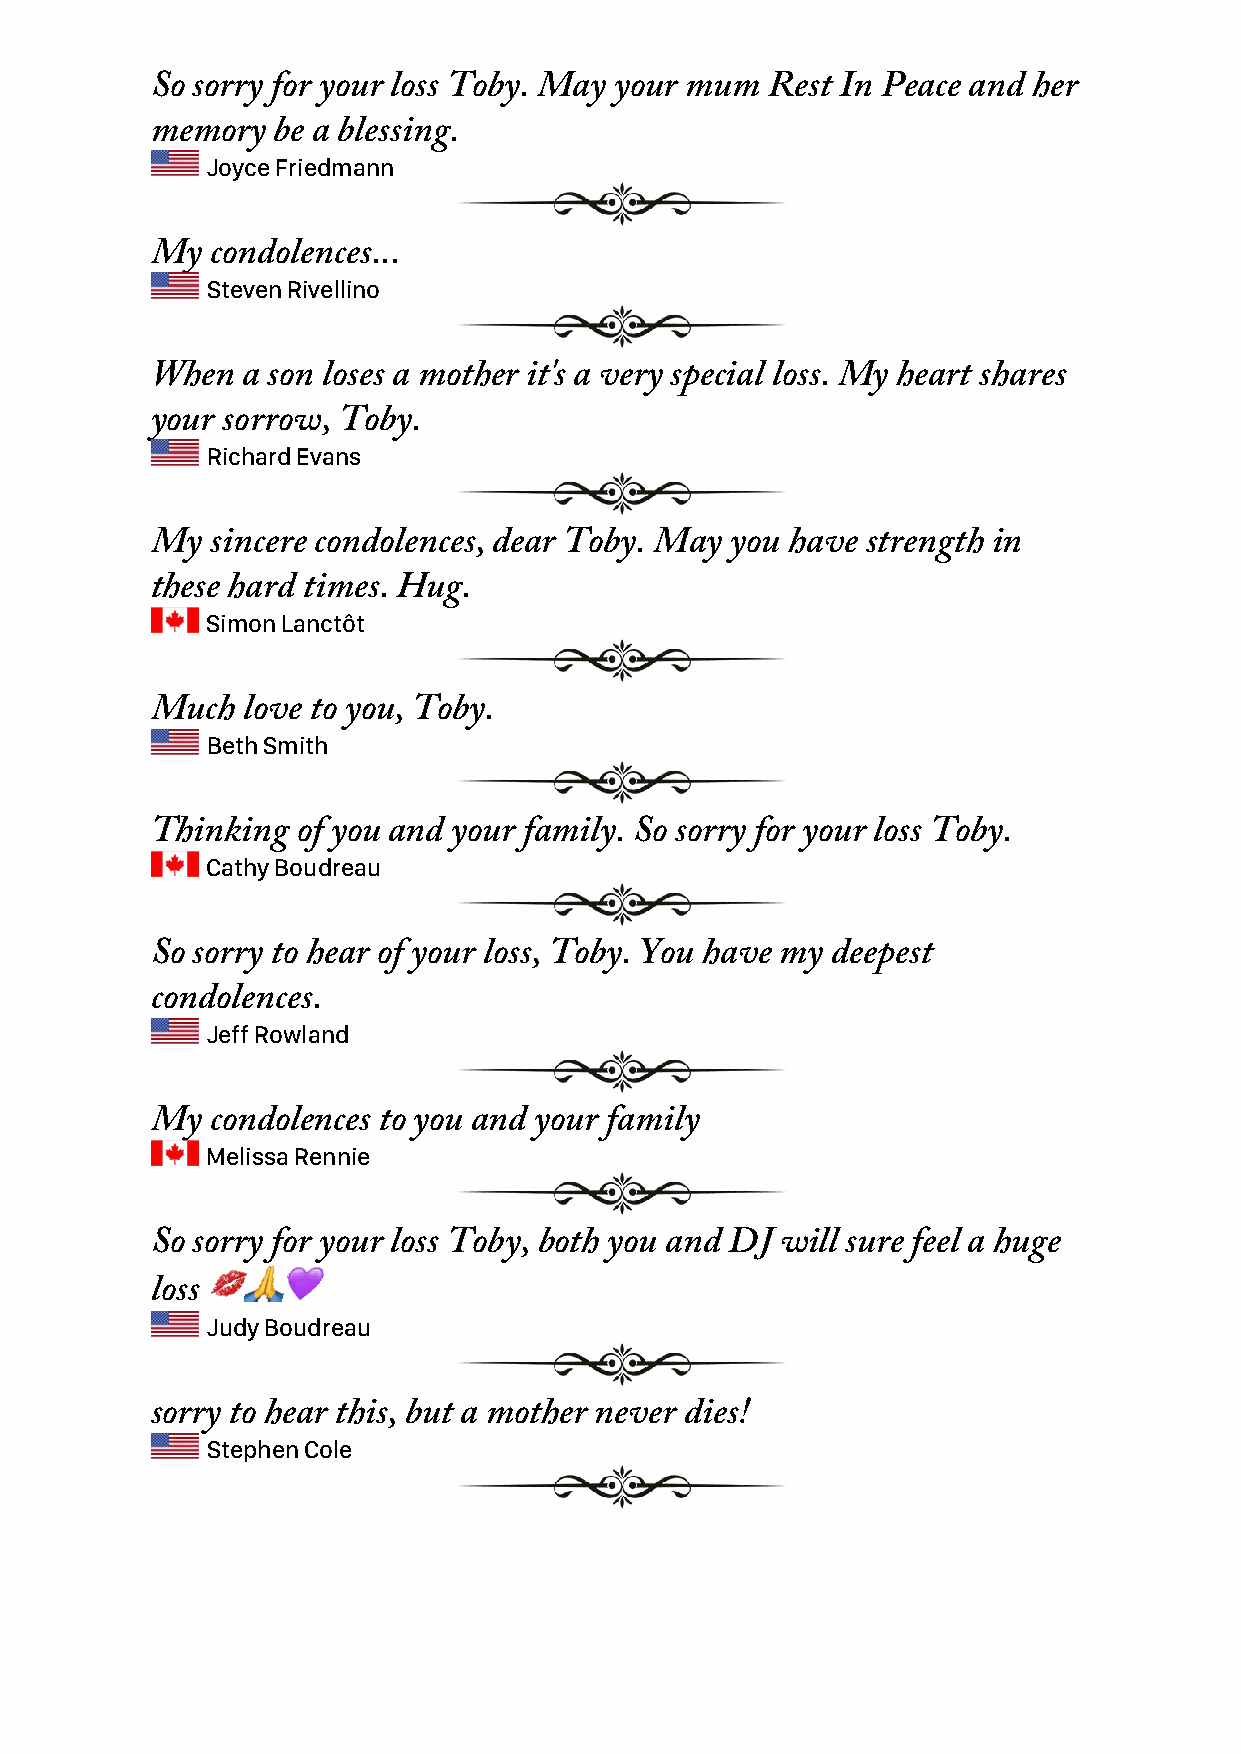
So sorry for your loss Toby. May your mum Rest In Peace and her
 memory  be a blessing.
 Joyce Friedmann
 My  condolences...
 Steven Rivellino
 When  a son loses a mother it's a very special loss. My heart shares
 your sorrow, Toby.
 Richard Evans
 My  sincere condolences, dear Toby. May you have strength in
 these hard times. Hug.
 Simon Lanctôt
 Much  love to you, Toby.
 Beth Smith
 Thinking  of you and your family. So sorry for your loss Toby.
 Cathy Boudreau
 So sorry to hear of your loss, Toby. You have my deepest
 condolences.
 Jeff Rowland
 My  condolences to you and your family
 Melissa Rennie
 So sorry for your loss Toby, both you and DJ will sure feel a huge
 loss 💋🙏💜
 Judy Boudreau
 sorry to hear this, but a mother never dies!
 Stephen Cole